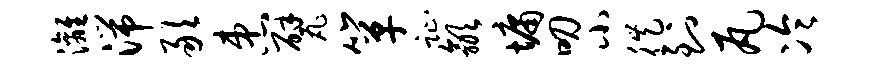
漓湍敢患甓箪趾歙墉叨小徙到瓦冷